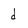
Character: d